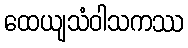
ထေယျသံဝါသကဿ